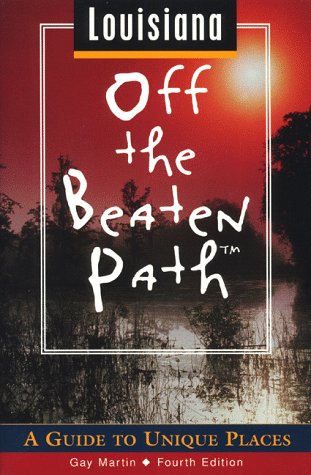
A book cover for Louisiana Off the Beaten Path: A Guide to Unique Places (Off the Beaten Path Series); Gay N. Martin; Travel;